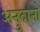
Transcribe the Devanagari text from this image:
अनुदानॉ